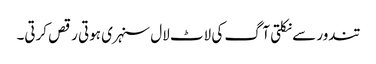
تندور سے نکلتی آگ کی لاٹ لال سنہری ہوتی رقص کرتی۔